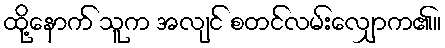
ထို့နောက် သူက အလျင် စတင်လမ်းလျှောက၏။